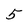
Character: 5